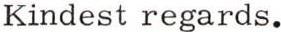
Kindest regards.